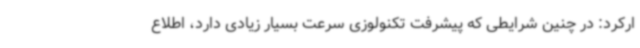
ارکرد: در چنین شرایطی که پیشرفت تکنولوزی سرعت بسیار زیادی دارد، اطلاع